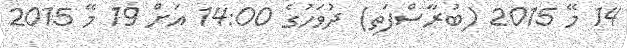
14 މޭ 2015 (ބުރާސްފަތި) ދުވަހުގެ 14:00 އަށް 19 މޭ 2015